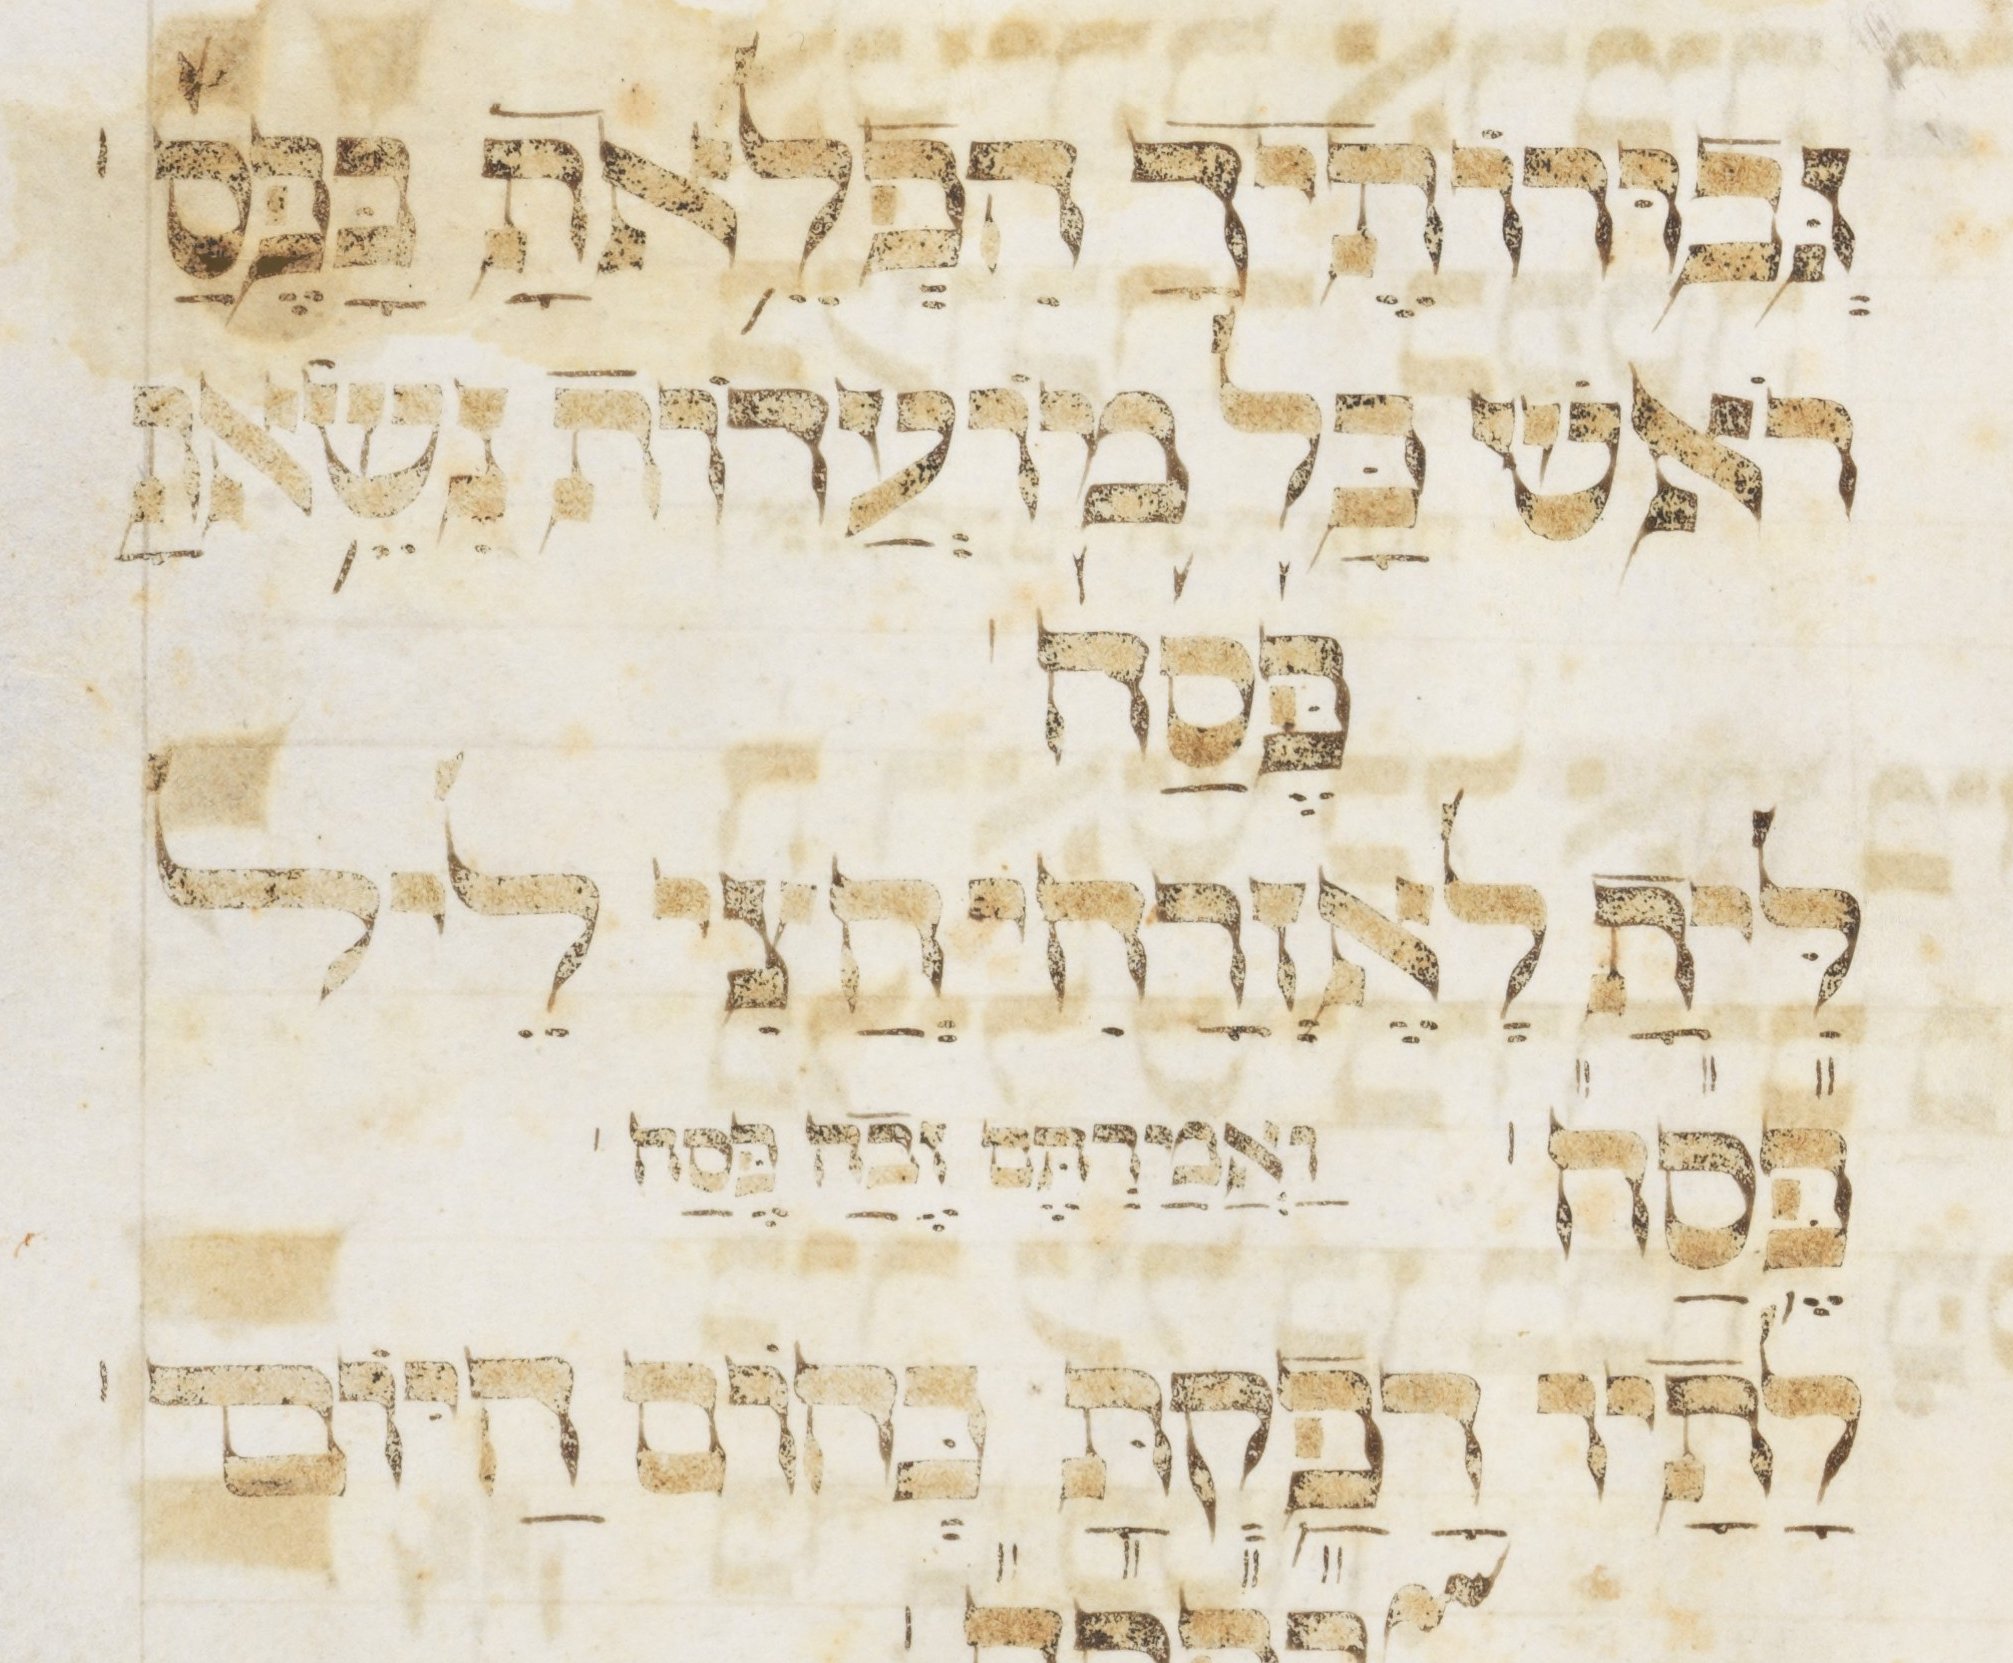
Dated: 1400–1499